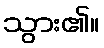
သွား၏။